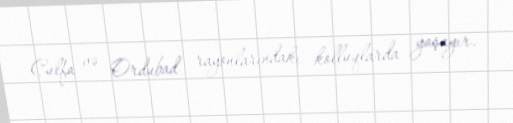
Culfa və Ordubad rayonlarındakı kolluqlarda yaşayır.